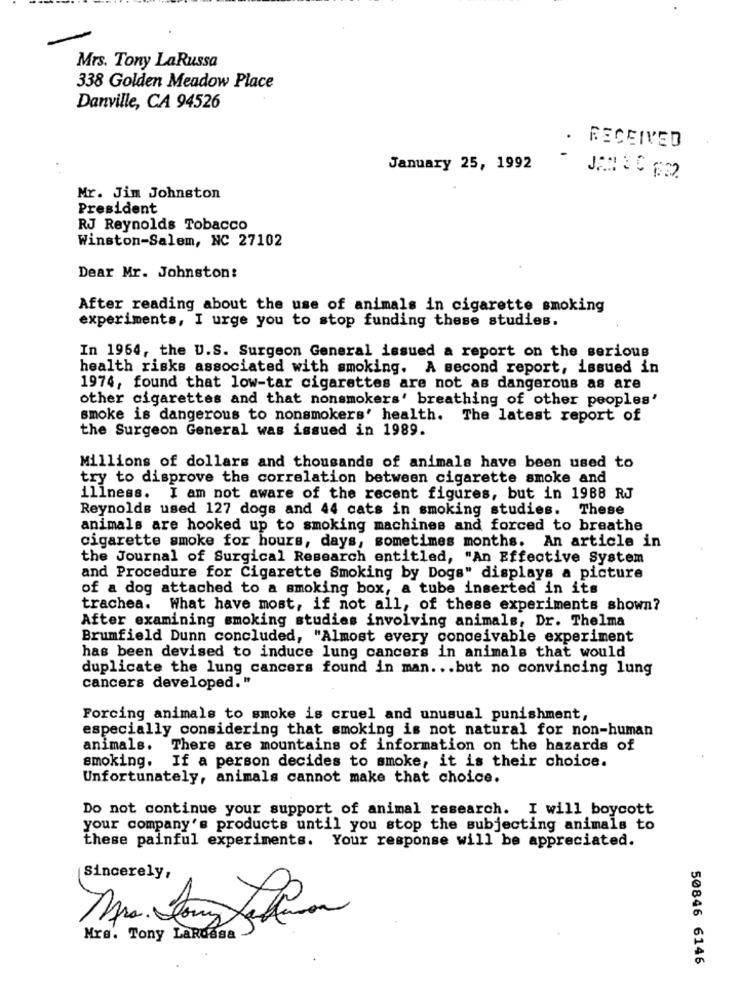
Mrs. Tony LaRussa
338 Golden Meadow Place
Danville, CA 94526
.
RECEIVED
January 25, 1992
Mr. Jim Johnston
President
RJ Reynolds Tobacco
Winston-Salem, NC 27102
Dear Mr. Johnston:
After reading about the use of animals in cigarette smoking
experiments, I urge you to stop funding these studies.
In 1964, the U.S. Surgeon General issued a report on the serious
health risks associated with smoking. A second report, issued in
1974, found that low-tar cigarettes are not as dangerous as are
other cigarettes and that nonsmokers' breathing of other peoples'
smoke is dangerous to nonsmokers' health. The latest report of
the Surgeon General was issued in 1989.
Millions of dollars and thousands of animals have been used to
try to disprove the correlation between cigarette smoke and
illness. I am not aware of the recent figures, but in 1988 RJ
Reynolds used 127 dogs and 44 cats in smoking studies. These
animals are hooked up to smoking machines and forced to breathe
cigarette smoke for hours, days, sometimes months. An article in
the Journal of Surgical Research entitled, "An Effective System
and Procedure for Cigarette Smoking by Dogs" displays a picture
of a dog attached to a smoking box, a tube inserted in its
trachea. What have most, if not all, of these experiments shown?
After examining smoking studies involving animals, Dr. Thelma
Brumfield Dunn concluded, "Almost every conceivable experiment
has been devised to induce lung cancers in animals that would
duplicate the lung cancers found in man ... but no convincing lung
cancers developed."
Forcing animals to smoke is cruel and unusual punishment,
especially considering that smoking is not natural for non-human
animals.
There are mountains of information on the hazards of
smoking. If a person decides to smoke, it is their choice.
Unfortunately, animals cannot make that choice.
Do not continue your support of animal research. I will boycott
your company's products until you stop the subjecting animals to
these painful experiments. Your response will be appreciated.
Sincerely,
Mrs. Tony Lardasa
50846 6146